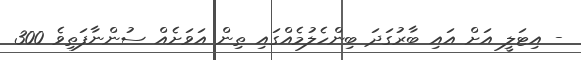
- އިޓަލީ އަށް އައި ބާރުގަދަ ބިންހެލުމެއްގައި ތިން އަވަށެއް ސުންނާފަތިވެ 300